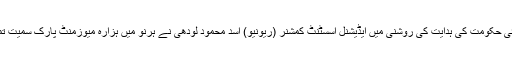
22 جون2018ء) صوبائی حکومت کی ہدایت کی روشنی میں ایڈیشنل اسسٹنٹ کمشنر (ریونیو) اسد محمود لودھی نے ہرنو میں ہزارہ میوزمنٹ پارک سمیت تمام جھولے سیل کر دیئے۔